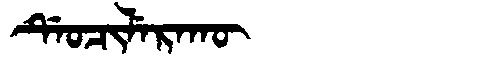
Manchu: ᡩᡝᠣᠴᡳᠯᡝᡵᠠᡴᡡ
Romanization: DEOCILERAKŪ